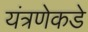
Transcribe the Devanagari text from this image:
यंत्रणेकडे